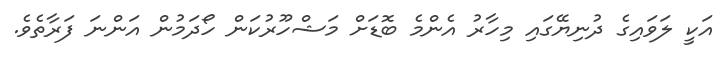
އަކީ ލަވައިގެ ދުނިޔޭގައި މިހާރު އެންމެ ބޮޑަށް މަޝްހޫރުކަން ހޯދަމުން އަންނަ ފަރާތެވެ.